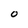
Character: O